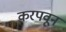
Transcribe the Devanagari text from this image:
करपवून